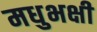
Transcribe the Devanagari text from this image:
मधुभक्षी